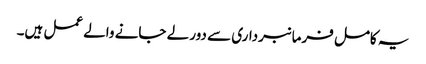
یہ کامل فرمانبرداری سے دور لے جانے والے عمل ہیں۔